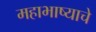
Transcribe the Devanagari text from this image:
महाभाष्याचे